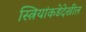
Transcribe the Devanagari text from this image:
स्त्रियांकडेदेखील